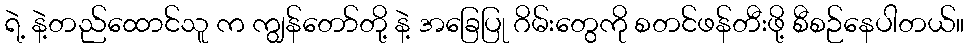
ရဲ့ နဲ့တည်ထောင်သူ က ကျွန်တော်တို့ နဲ့ အခြေပြု ဂိမ်းတွေကို စတင်ဖန်တီးဖို့ စီစဉ်နေပါတယ်။